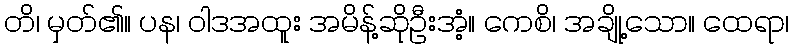
တိ၊ မှတ်၏။ ပန၊ ဝါဒအထူး အမိန့်ဆိုဦးအံ့။ ကေစိ၊ အချို့သော။ ထေရာ၊